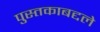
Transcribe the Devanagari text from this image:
पुस्तकाबद्दले